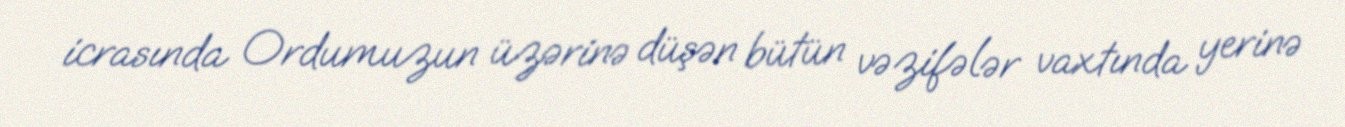
icrasında Ordumuzun üzərinə düşən bütün vəzifələr vaxtında yerinə